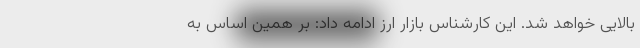
بالایی خواهد شد. این کارشناس بازار ارز ادامه داد: بر همین اساس به